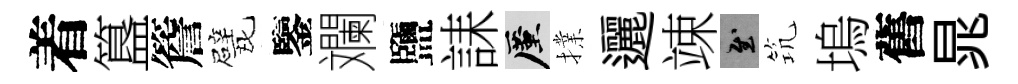
着簋簷戏鑒斕鹽誄厪擈邐竦慰𥬑塢舊晁